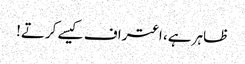
ظاہر ہے، اعتراف کیسے کرتے!